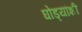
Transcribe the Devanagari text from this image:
घोड्यांशी